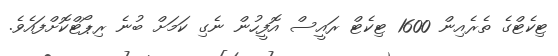
ޓިކެޓްގެ ތެރެއިން 1600 ޓިކެޓް ރައީސް އޮފީހުން ނެގި ކަމަށް ބުނެ ރިޕޯޓްކޮށްފައެވެ.